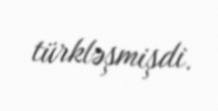
türkləşmişdi.